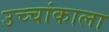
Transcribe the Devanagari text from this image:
उच्चांकाला